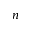
n